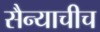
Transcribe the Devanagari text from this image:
सैन्याचीच